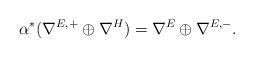
LaTeX: \begin{align*}\alpha^*(\nabla^{E, +}\oplus\nabla^H)=\nabla^E\oplus\nabla^{E, -}.\end{align*}